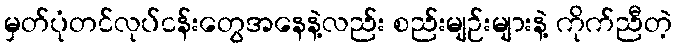
မှတ်ပုံတင်လုပ်ငန်းတွေအနေနဲ့လည်း စည်းမျဉ်းများနဲ့ ကိုက်ညီတဲ့